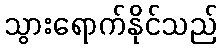
သွားရောက်နိုင်သည်